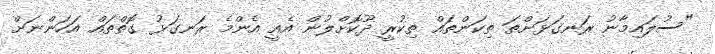
"ސުލައިމާނު ރަނގަޅަށްތަ ތިކަންތައް ތިކުރީ ދޫކޮށްލުން އެއީ އެންމެ ރަނގަޅު ގޮތްތައް އަހަންނަށް